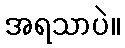
အရသာပဲ။